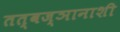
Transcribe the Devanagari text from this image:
तत्वज्ञानाशी